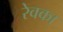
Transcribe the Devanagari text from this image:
रेवका